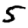
Digit: 5